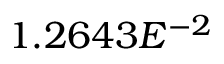
1 . 2 6 4 3 E ^ { - 2 }